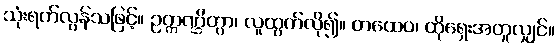
သုံးရက်လွန်သဖြင့်။ ဥက္ကဏ္ဌိတွာ၊ လူထွက်လို၍။ တထေဝ၊ ထိုရှေးအတူလျှင်။